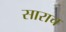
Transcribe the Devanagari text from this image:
साराच